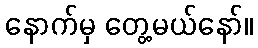
နောက်မှ တွေ့မယ်နော်။